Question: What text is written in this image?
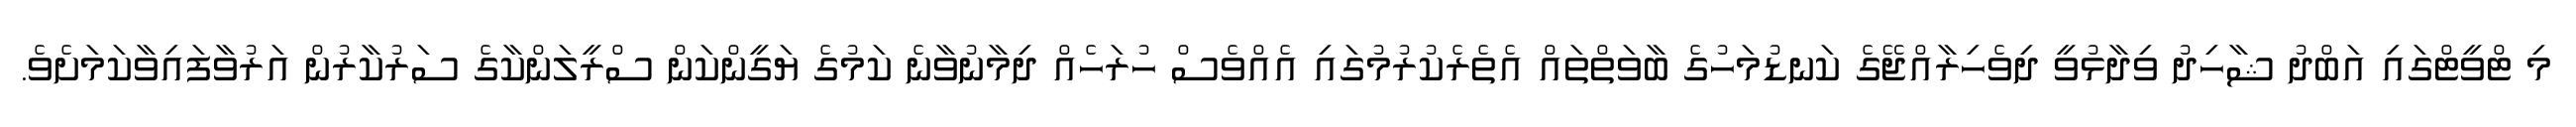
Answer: މި ޓްވީޓްގައި އަބްދު ޝާހިދު ވިދާޅުވީ ދިވެހިރާއްޖޭގެ ކަނޑުމަހުގެ ބާވަތްތައް އެތެރެކުރުމުގައި އެއްވެސް ހުރަހެއް ދިމާނުވާނެ ކަމުގެ ޔަގީންކަން ސްރީލަންކާގެ ސަރުކާރުން އަރުވާފައިވާކަމަށެވެ.